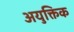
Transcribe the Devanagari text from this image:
अयुक्तिक